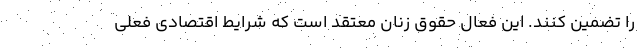
را تضمین کنند. این فعال حقوق زنان معتقد است که شرایط اقتصادی فعلی